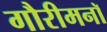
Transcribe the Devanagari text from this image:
गौरीमनॉ